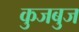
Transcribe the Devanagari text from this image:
कुजबुज